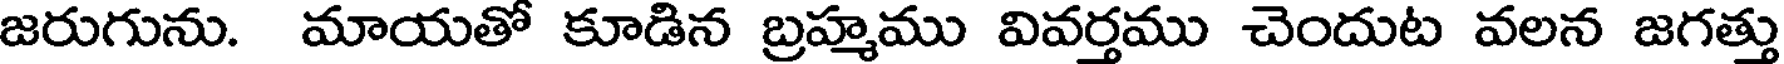
జరుగును. మాయతో కూడిన బ్రహ్మము వివర్తము చెందుట వలన జగత్తు